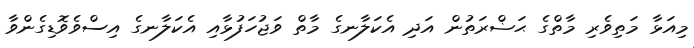
މިއަޅާ މަތިވެރި މާތްގެ ޙަޟްރަތުން އަދި އެކަލާނގެ މާތް ވަޖުހަފުޅާއި އެކަލާނގެ އިސްވެވޮޑިގެންވާ